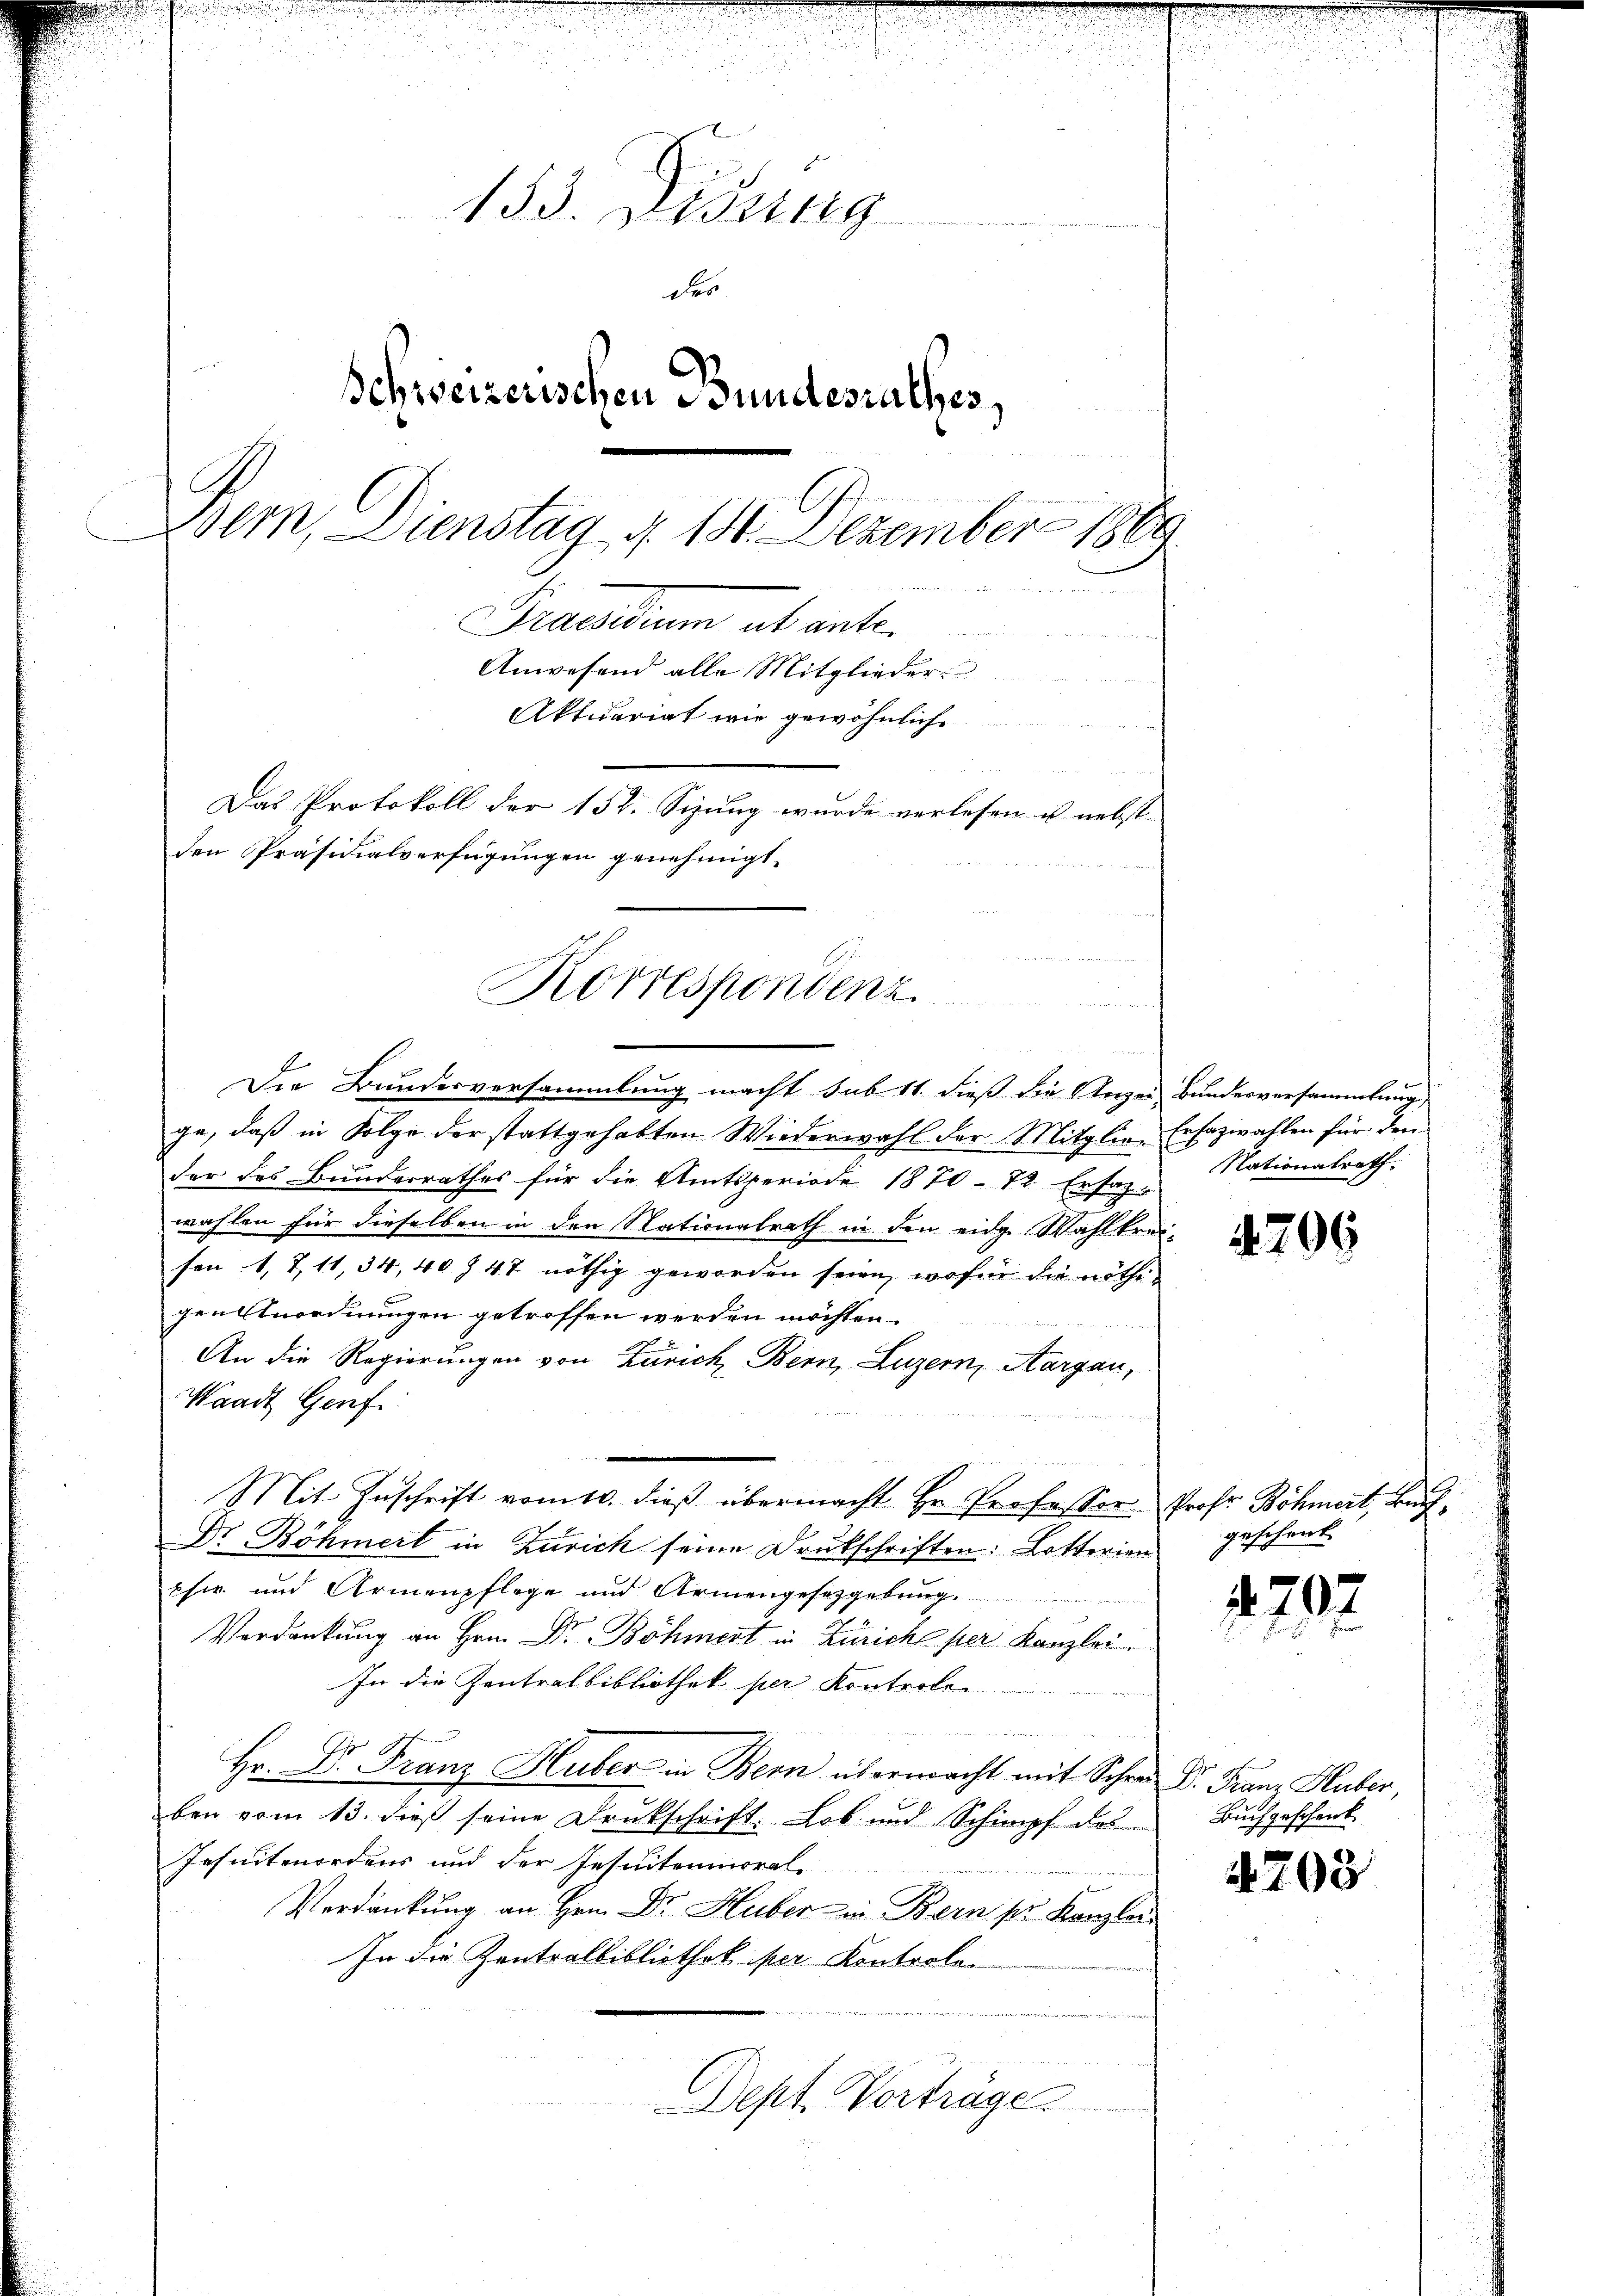
u
153. Weisung
des
Schweizerischen Bundesrathes
 xx
Bern, Dienstag d. 141. Dezember 1889

Petarium ab ant¬
Anwesend alle Mitglieder
Aktuariat wie gewöhnliche
Das Protokoll der 152. Sizung wurde verlesen u. nebst
den Präsidialverfügungen genehmigt.

Korrespondenz

u
Die Bundesversammlung macht sub 11. dieß die Unzei- Bundesversammlung,
ge, daß in Folge der stattgehabten Wiederwahl der Mitglie- Erfazwahlen für den
der des Bundesrathes für die Amtsperiode 1870 - 72. Ersatz-
wahlen für dieselben in den Stationalrath in den eidg. Wahlkrei
sen 1. 711, 34, 40 Z. 47 nöthig geworden seien, wofür die nöthigen Anordnungen getroffen werden möchten.
An die Regierungen von Zürich, Bern, Luzern, Aargau,
Waadt Genf
Mit Zuschrift vom 10. dieß übermacht Hr. Professor Prof. Böhmert, Kauf¬
Dr Böhmert in Zürich seine Drukschriften: Lotterien
phie und Armenpflege und Armengesetzgebung
Verdankung an Hrn. Dr Böhmert in Zürich per Kanzlei
In die Zentralbibliothek per Kontrole
u
.
Hr. Dr. Franz Huber in Bern übermacht mit Schrei Dr. Franz Huber,
ben vom 13. dieß seine Drukschrift: Lob und Schimpf des
Jesuitmordens und der Insuitenmoral
Verdankung an Hrn. Dr. Huber in Bern sie Kanzlei
In die Zentralbibliothek per Kontrolo¬
Dept. Vorträge.

Nationalrath.

4209

geschont.

4707

Buchgeschenk

4798